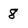
Character: 8